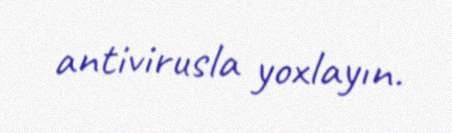
antivirusla yoxlayın.